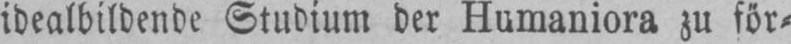
idealbildende Studium der Humaniora zu för⸗